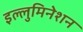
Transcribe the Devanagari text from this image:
इल्लुमिनेशन